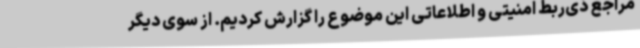
مراجع ذی‌ربط امنیتی و اطلاعاتی این موضوع را گزارش کردیم. از سوی دیگر